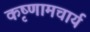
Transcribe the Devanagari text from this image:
कृष्णामचार्य